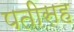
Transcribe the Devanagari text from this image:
पतीसह